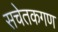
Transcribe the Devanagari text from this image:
सचेतकगण